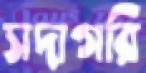
সদাগরি